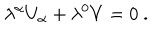
LaTeX: \lambda ^ { \alpha } U _ { \alpha } + \lambda ^ { 0 } V = 0 \ .